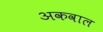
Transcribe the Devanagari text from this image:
अकवाल